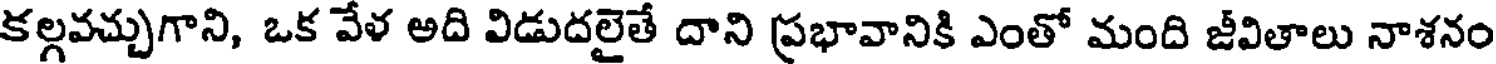
కల్గవచ్చుగాని, ఒక వేళ అది విడుదలైతే దాని ప్రభావానికి ఎంతో మంది జీవితాలు నాశనం